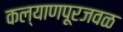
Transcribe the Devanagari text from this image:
कल्याणपूरजवळ